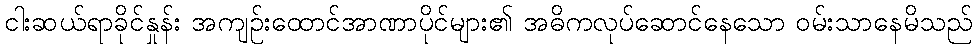
ငါးဆယ်ရာခိုင်နှုန်း အကျဉ်းထောင်အာဏာပိုင်များ၏ အဓိကလုပ်ဆောင်နေသော ဝမ်းသာနေမိသည်